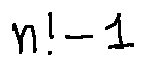
n ! - 1